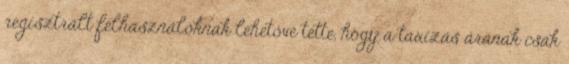
regisztrált felhasználóknak lehetővé tette, hogy a taxizás árának csak